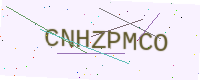
Text: CNHZPMCO